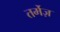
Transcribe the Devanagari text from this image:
तर्मेज़